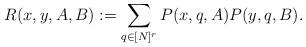
LaTeX: \begin{align*}R(x,y,A,B) := \sum_{q\in [N]^r} P(x,q,A)P(y,q,B). \end{align*}